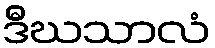
ဒီဃသာလံ